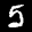
Label: 5